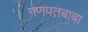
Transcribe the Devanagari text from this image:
गणपतबाबा